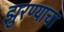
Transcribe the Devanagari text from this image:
झुरण्याचा